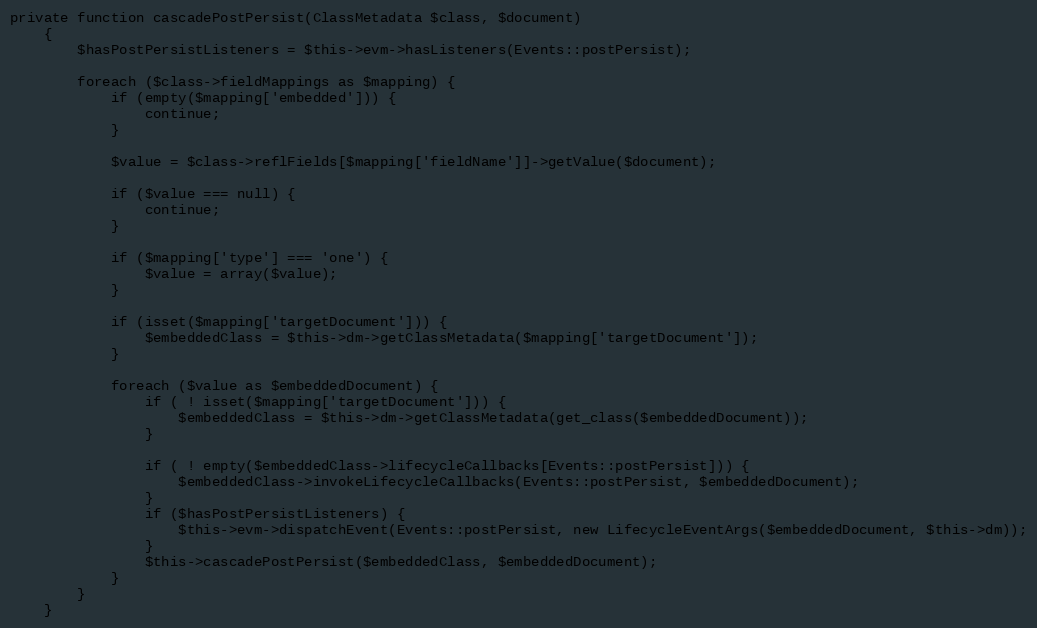
Language: PHP
private function cascadePostPersist(ClassMetadata $class, $document)
    {
        $hasPostPersistListeners = $this->evm->hasListeners(Events::postPersist);

        foreach ($class->fieldMappings as $mapping) {
            if (empty($mapping['embedded'])) {
                continue;
            }

            $value = $class->reflFields[$mapping['fieldName']]->getValue($document);

            if ($value === null) {
                continue;
            }

            if ($mapping['type'] === 'one') {
                $value = array($value);
            }

            if (isset($mapping['targetDocument'])) {
                $embeddedClass = $this->dm->getClassMetadata($mapping['targetDocument']);
            }

            foreach ($value as $embeddedDocument) {
                if ( ! isset($mapping['targetDocument'])) {
                    $embeddedClass = $this->dm->getClassMetadata(get_class($embeddedDocument));
                }

                if ( ! empty($embeddedClass->lifecycleCallbacks[Events::postPersist])) {
                    $embeddedClass->invokeLifecycleCallbacks(Events::postPersist, $embeddedDocument);
                }
                if ($hasPostPersistListeners) {
                    $this->evm->dispatchEvent(Events::postPersist, new LifecycleEventArgs($embeddedDocument, $this->dm));
                }
                $this->cascadePostPersist($embeddedClass, $embeddedDocument);
            }
        }
    }